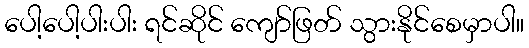
ပေါ့ပေါ့ပါးပါး ရင်ဆိုင် ကျော်ဖြတ် သွားနိုင်စေမှာပါ။